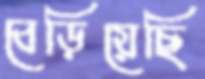
বেড়িয়েছি